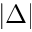
| \Delta |